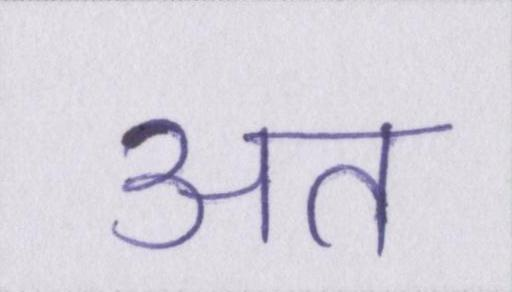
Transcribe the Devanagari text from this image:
अत